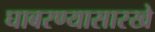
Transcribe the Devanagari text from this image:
घाबरण्यासारखे